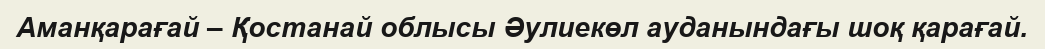
Аманқарағай – Қостанай облысы Әулиекөл ауданындағы шоқ қарағай.